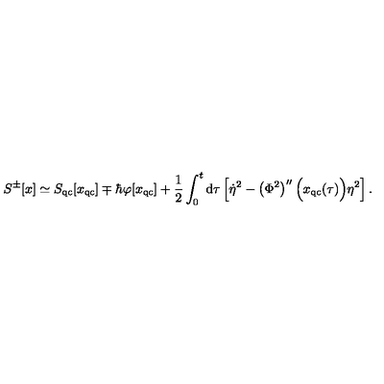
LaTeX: S ^ { \pm } [ x ] \simeq S _ { \mathrm { q c } } [ x _ { \mathrm { q c } } ] \mp \hbar \varphi [ x _ { \mathrm { q c } } ] + \frac { 1 } { 2 } \int _ { 0 } ^ { t } \mathrm { d } \tau \left[ \dot { \eta } ^ { 2 } - \left( \Phi ^ { 2 } \right) ^ { \prime \prime } \Bigl ( x _ { \mathrm { q c } } ( \tau ) \Bigr ) \eta ^ { 2 } \right] .